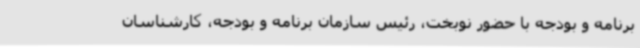
برنامه و بودجه با حضور نوبخت، رئیس سازمان برنامه و بودجه، کارشناسان